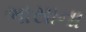
ભાસાના